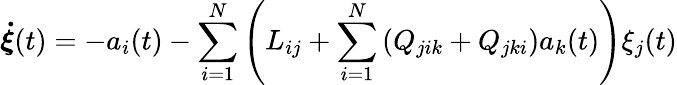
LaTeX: \boldsymbol{\dot{\xi}}(t)=-a_{i}(t)-\sum_{i=1}^{N}\left({L}_{ij}+\sum_{i=1}^{N}\left(Q_{jik}+Q_{jki}\right)a_{k}(t)\right)\xi_{j}(t)